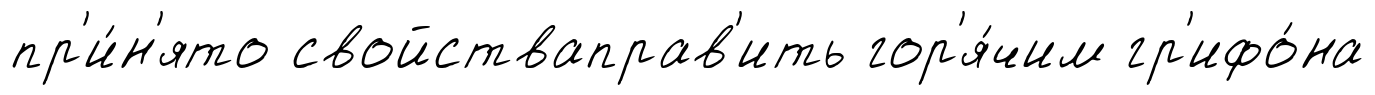
пр'и́н'ято свойстваправ'ить гор'я́чим гр'ифо́на